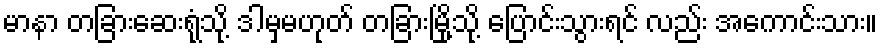
မာနာ တခြားဆေးရုံသို့ ဒါမှမဟုတ် တခြားမြို့သို့ ပြောင်းသွားရင် လည်း အကောင်းသား။